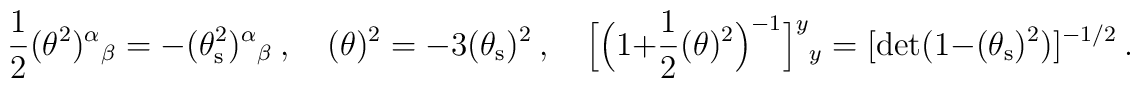
\frac{1}{2}(\theta^{2})^{\alpha}{}_{\beta}=-(\theta_{\rm s}^{2})^{\alpha}{}_{\beta}\ ,\quad (\theta)^{2}=-3(\theta_{\rm s})^{2}\ ,\quad \Big[\Big(1+\frac{1}{2}(\theta)^{2}\Big)^{-1}\Big]^{y}{}_{y}=[{\rm det}(1-(\theta_{\rm s})^{2})]^{-1/2}\ .